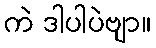
ကဲ ဒါပါပဲဗျာ။